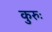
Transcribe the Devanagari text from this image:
कुरुः